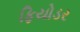
ફિયોડર